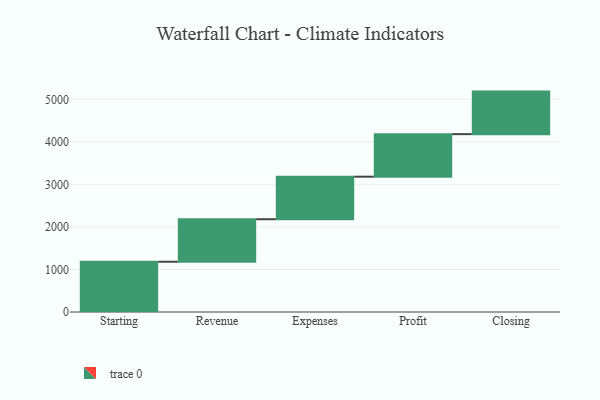
{"axis": {"x": "Step", "y": "Value"}, "legend": [""], "data": [{"x": "Starting", "y": 1181.0, "type": ""}, {"x": "Revenue", "y": 1000, "type": ""}, {"x": "Expenses", "y": 1000, "type": ""}, {"x": "Profit", "y": 1000, "type": ""}, {"x": "Closing", "y": 1000, "type": ""}]}